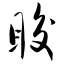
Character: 睃